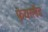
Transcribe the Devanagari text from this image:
फ़ेयरलैंड